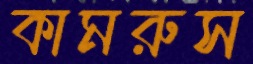
কামরুস